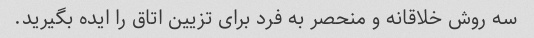
سه روش خلاقانه و منحصر به فرد برای تزیین اتاق را ایده بگیرید.